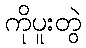
ကိုပူးတွဲ